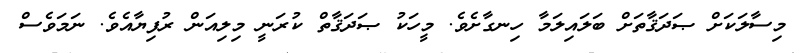
މިސާލަކަށް ޞަދަޤާތަށް ބަލައިލަމާ ހިނގާށެވެ. މީހަކު ޞަދަޤާތް ކުރަނީ މިލިއަން ރުފިޔާއެވެ. ނަމަވެސް